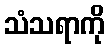
သံသရာကို